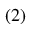
^ { ( 2 ) }